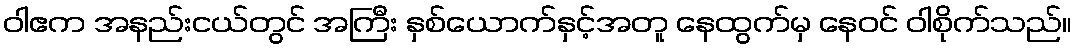
ဝါဧက အနည်းငယ်တွင် အကြီး နှစ်ယောက်နှင့်အတူ နေထွက်မှ နေဝင် ဝါစိုက်သည်။